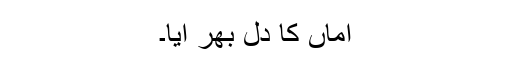
اماں کا دل بھر آیا۔